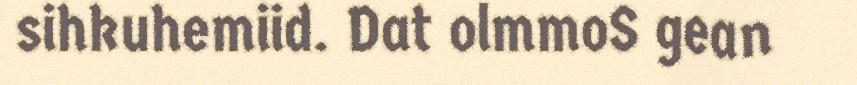
sihkuhemiid. Dat olmmoS gean